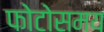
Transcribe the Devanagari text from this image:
फोटोसमय